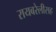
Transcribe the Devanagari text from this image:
रायबरेलीसह